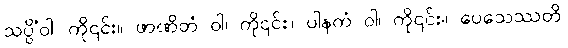
သပ္ပိံဝါ၊ ကို၎င်း။ ဖာဏိတံ ဝါ၊ ကို၎င်း။ ပါနကံ ဝါ၊ ကို၎င်း။ ပေသေဿတိ၊